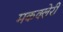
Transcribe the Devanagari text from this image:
मकक्लेरी